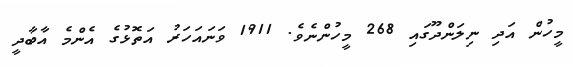
މީހުން އަދި ނިލަންދޫގައި 268 މީހުންނެވެ. 1911 ވަނައަހަރު އަތޮޅުގެ އެންމެ އާބާދީ